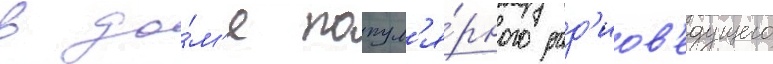
в до́м'е попул'я́рного рад'иов'едущего